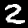
Label: 2